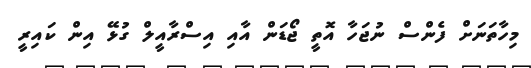
މިހާތަނަށް ފެންސް ނުޖަހާ އޮތީ ޖޯޑަން އާއި އިސްރާއީލް ގުޅޭ އިން ކައިރީ